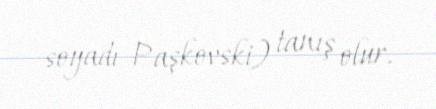
soyadı Paşkovski) tanış olur.